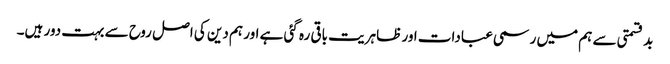
بد قسمتی سے ہم میں رسمی عبادات اور ظاہریت باقی رہ گئی ہے اور ہم دین کی اصل روح سے بہت دور ہیں۔